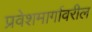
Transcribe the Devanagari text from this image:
प्रवेशमार्गावरील